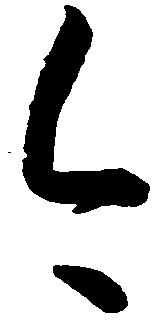
今